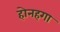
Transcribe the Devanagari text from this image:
होनहगा